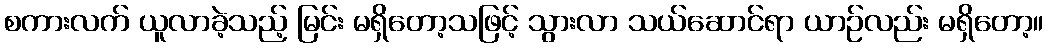
စကားလက် ယူလာခဲ့သည့် မြင်း မရှိတော့သဖြင့် သွားလာ သယ်ဆောင်ရာ ယာဉ်လည်း မရှိတော့။